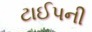
ટાઈપની